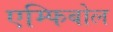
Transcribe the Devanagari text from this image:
एम्फिबोल